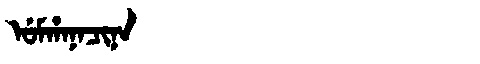
Manchu: ᡠᠮᡥᠠᠨᠠᠴᡳᠨᠠ
Romanization: UMHANACINA